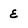
Character: E